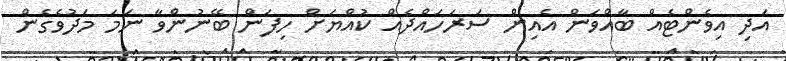
އަދި އިވެންޓެއް ބާއްވަން އެއިން ސަރަހައްދެއް ކުއްޔަށް ހިފަން ބޭނުންވާ ނަމަ މަދުވެގެން